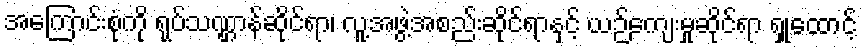
အကြောင်းစုံကို ရုပ်သဏ္ဌာန်ဆိုင်ရာ၊ လူ့အဖွဲ့အစည်းဆိုင်ရာနှင့် ယဉ်ကျေးမှုဆိုင်ရာ ရှုထောင့်